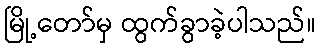
မြို့တော်မှ ထွက်ခွာခဲ့ပါသည်။